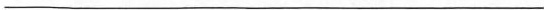
___